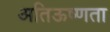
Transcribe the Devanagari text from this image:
अतिऊष्णता